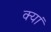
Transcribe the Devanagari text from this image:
क्यां